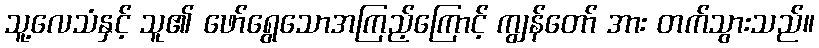
သူ့လေသံနှင့် သူ၏ ဖော်ရွေသောအကြည့်ကြောင့် ကျွန်တော် အား တက်သွားသည်။